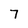
Character: 7